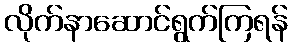
လိုက်နာဆောင်ရွက်ကြရန်